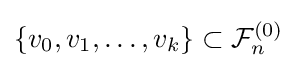
\{v_{0},v_{1},\dots ,v_{k}\}\subset {\mathcal {F}}_{n}^{(0)}